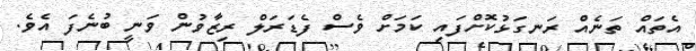
އެތައް ތަނެއް ރަނގަޅުކޮށްފައި ކަމަށް ވެސް ފެޑަރަލް ރިޒާވުން ވަނީ ބުނެފަ އެވެ.